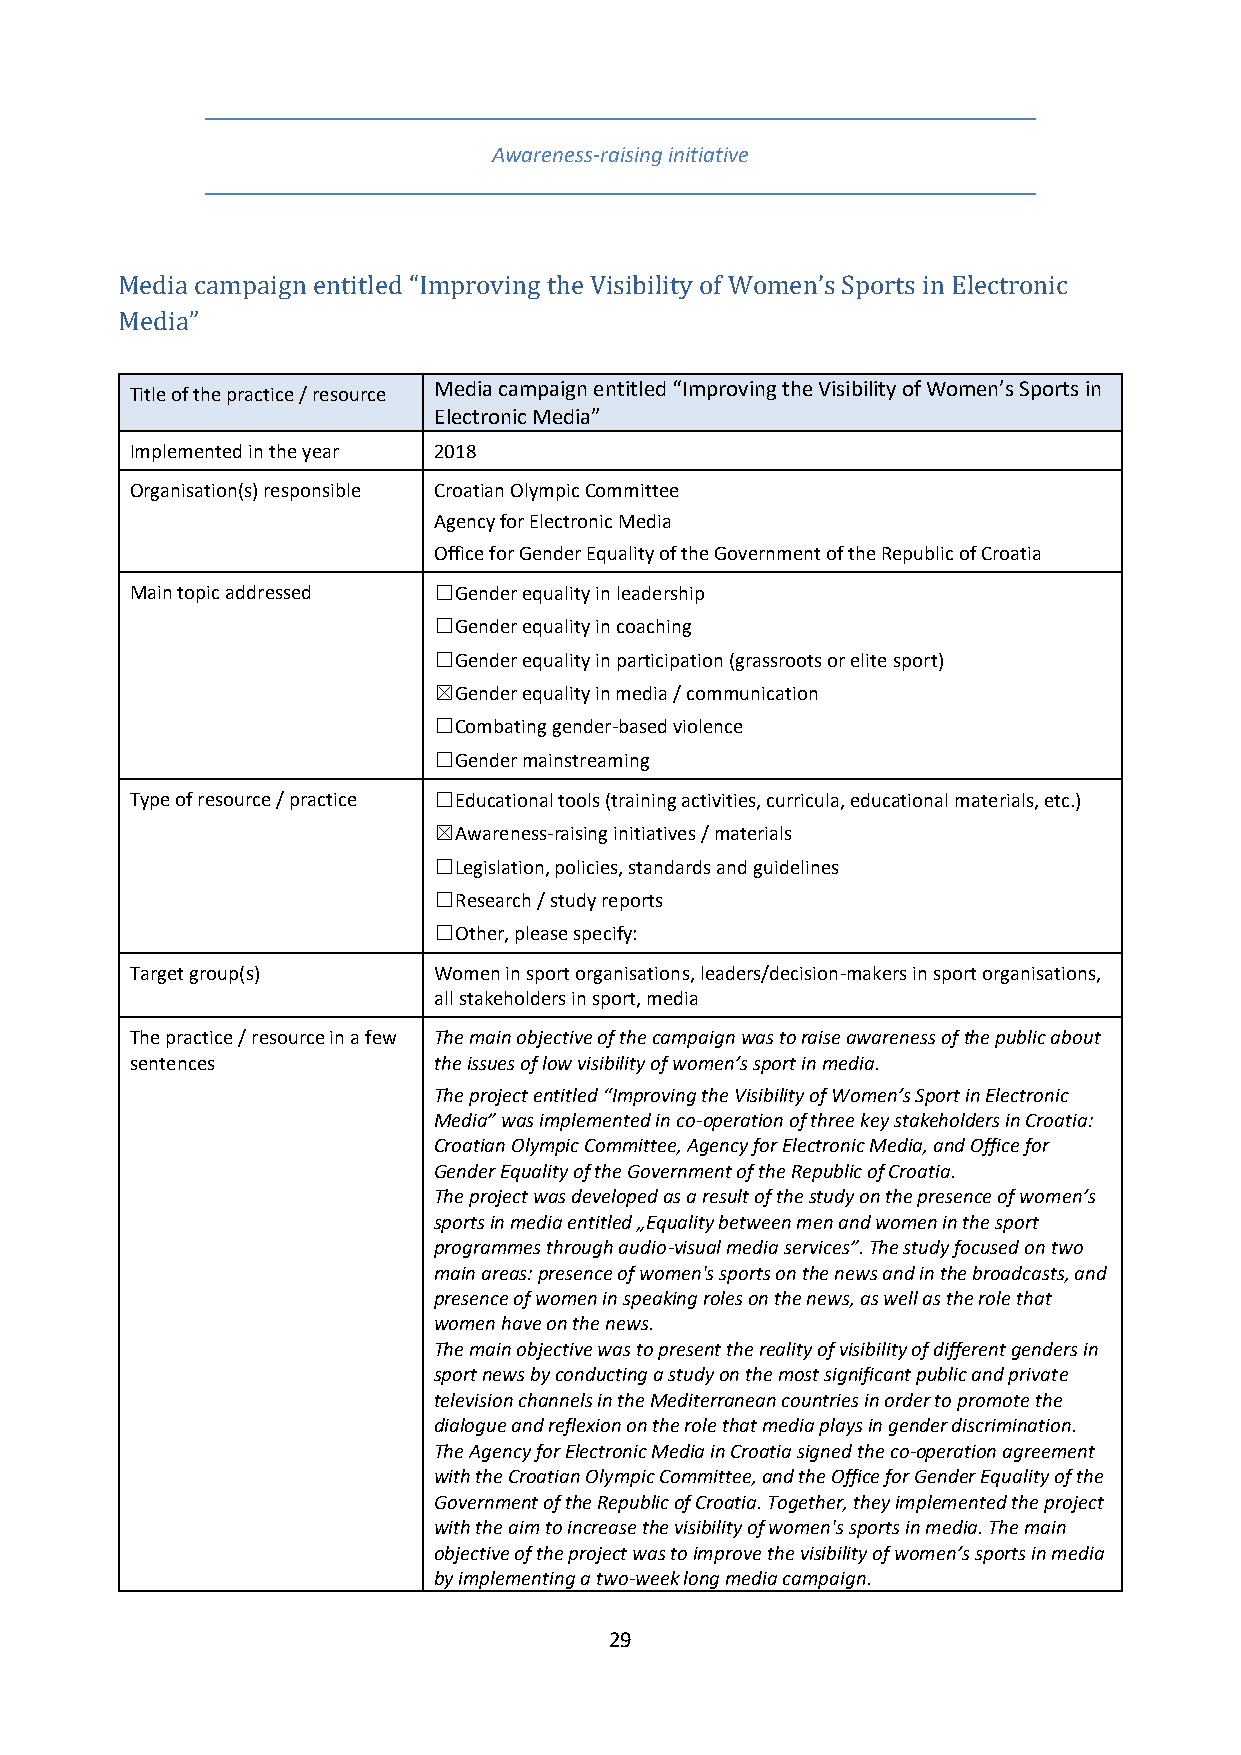
Awareness-raising initiative
 Media campaign entitled “Improving the Visibility of Women’s Sports in Electronic
 Media”
 Title of the practice / resource Media campaign entitled “Improving the Visibility of Women’s Sports in
 Electronic Media”
 Implemented in the year 2018
 Organisation(s) responsible Croatian Olympic Committee
 Agency for Electronic Media
 Office for Gender Equality of the Government of the Republic of Croatia
 Main topic addressed ☐Gender equality in leadership
 ☐Gender equality in coaching
 ☐Gender equality in participation (grassroots or elite sport)
 ☒Gender equality in media / communication
 ☐Combating gender-based violence
 ☐Gender mainstreaming
 Type of resource / practice ☐Educational tools (training activities, curricula, educational materials, etc.)
 ☒Awareness-raising initiatives / materials
 ☐Legislation, policies, standards and guidelines
 ☐Research / study reports
 ☐Other, please specify:
 Target group(s)     Women in sport organisations, leaders/decision-makers in sport organisations,
 all stakeholders in sport, media
 The practice / resource in a few The main objective of the campaign was to raise awareness of the public about
 sentences           the issues of low visibility of women’s sport in media.
 The project entitled “Improving the Visibility of Women’s Sport in Electronic
 Media” was implemented in co-operation of three key stakeholders in Croatia:
 Croatian Olympic Committee, Agency for Electronic Media, and Office for
 Gender Equality of the Government of the Republic of Croatia.
 The project was developed as a result of the study on the presence of women’s
 sports in media entitled „Equality between men and women in the sport
 programmes through audio-visual media services”. The study focused on two
 main areas: presence of women's sports on the news and in the broadcasts, and
 presence of women in speaking roles on the news, as well as the role that
 women have on the news.
 The main objective was to present the reality of visibility of different genders in
 sport news by conducting a study on the most significant public and private
 television channels in the Mediterranean countries in order to promote the
 dialogue and reflexion on the role that media plays in gender discrimination.
 The Agency for Electronic Media in Croatia signed the co-operation agreement
 with the Croatian Olympic Committee, and the Office for Gender Equality of the
 Government of the Republic of Croatia. Together, they implemented the project
 with the aim to increase the visibility of women's sports in media. The main
 objective of the project was to improve the visibility of women’s sports in media
 by implementing a two-week long media campaign.
 29